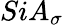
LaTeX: SiA_{\sigma}